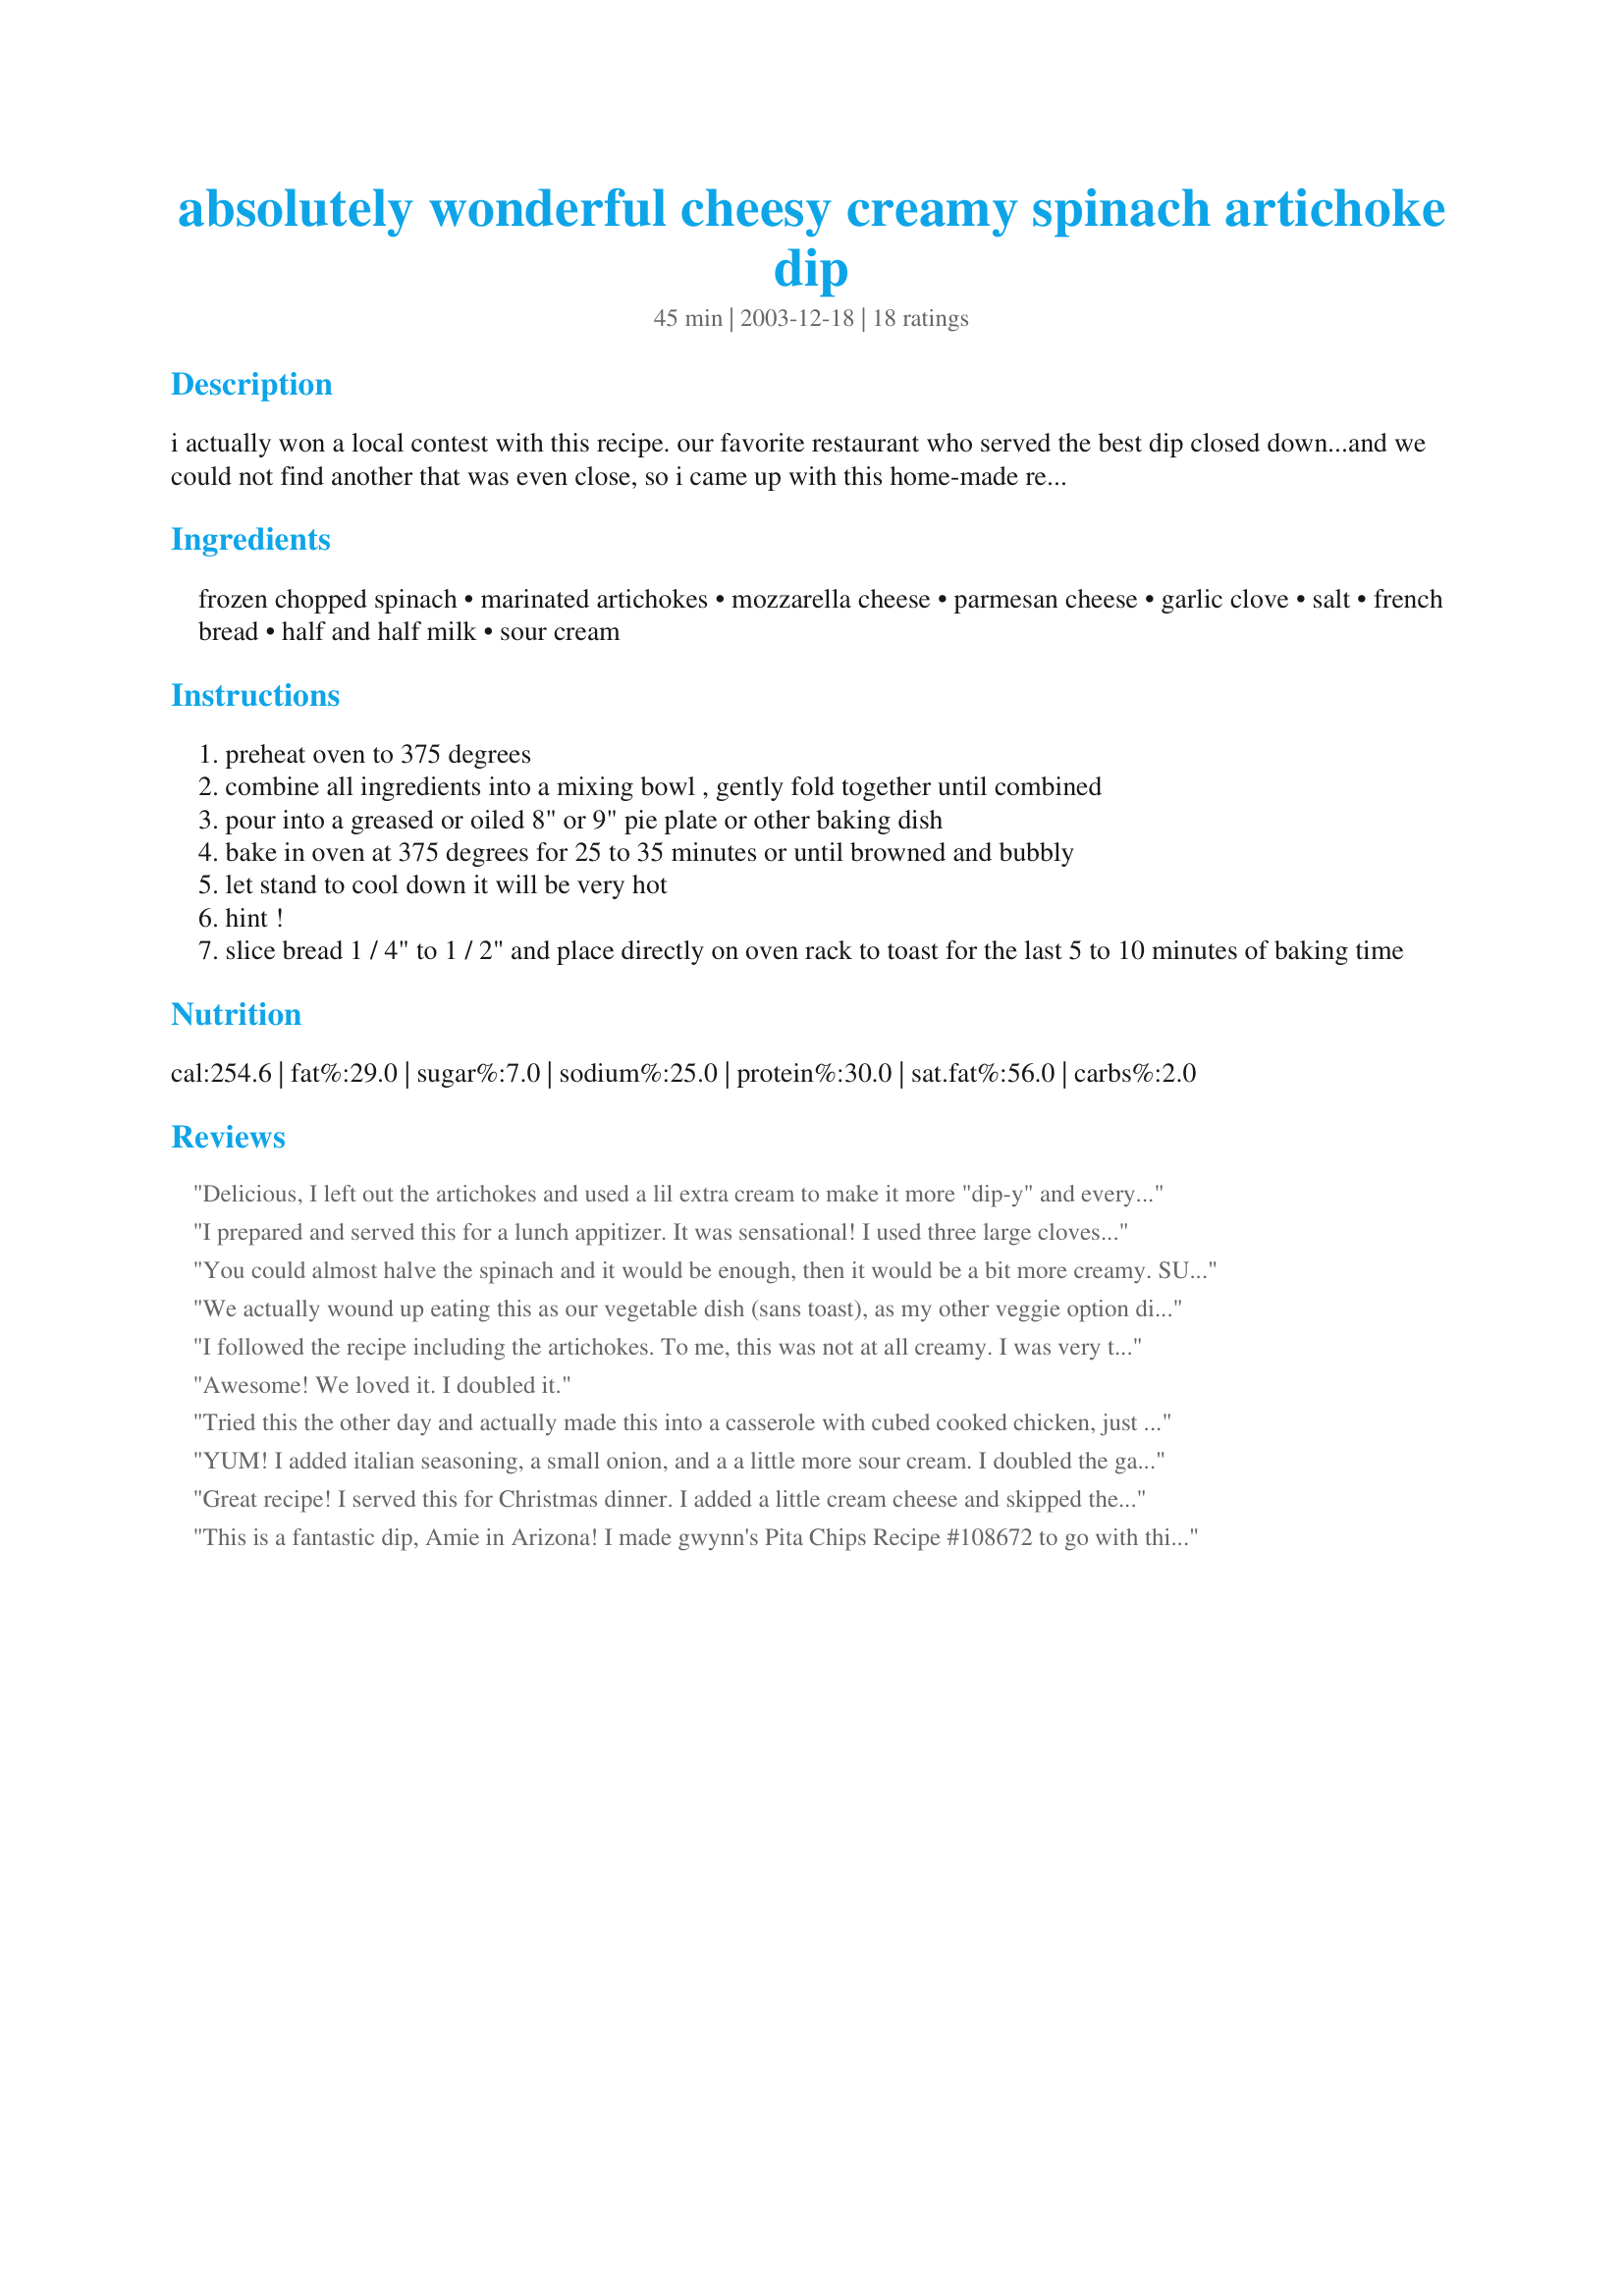
absolutely wonderful cheesy creamy spinach artichoke dip
Preparation time: 45 minutes

i actually won a local contest with this recipe. our favorite restaurant who served the best dip closed down...and we could not find another that was even close, so i came up with this home-made replica, which is just as delicious!

Ingredients:
frozen chopped spinach, marinated artichokes, mozzarella cheese, parmesan cheese, garlic clove, salt, french bread, half and half milk, sour cream

Steps:
preheat oven to 375 degrees
combine all ingredients into a mixing bowl , gently fold together until combined
pour into a greased or oiled 8" or 9" pie plate or other baking dish
bake in oven at 375 degrees for 25 to 35 minutes or until browned and bubbly
let stand to cool down it will be very hot
hint !
slice bread 1 / 4" to 1 / 2" and place directly on oven rack to toast for the last 5 to 10 minutes of baking time

Reviews:
Delicious, I left out the artichokes and used a lil extra cream to make it more "dip-y" and everyone raved about it. Definitely a keeper!
I prepared and served this for a lunch appitizer. It was sensational! I used three large cloves of garlic. I wish I had made more, I could have eaten half by myself. Terrific!
You could almost halve the spinach and it would be enough, then it would be a bit more creamy. SUPER flavor! I took 2 artichoke spinach dips and this one was preferred. Does not reheat well.
We actually wound up eating this as our vegetable dish (sans toast), as my other veggie option didn't work out. Good, but didn't wow us.
I followed the recipe including the artichokes. To me, this was not at all creamy. I was very tempted to stir in cream cheese as I feel this is what the recipe is missing.
Awesome! We loved it. I doubled it.
Tried this the other day and actually made this into a casserole with cubed cooked chicken, just doubled the spinach and added a bt of ricotta cheese. A very yummy way to use part of the industrial size bottle of marinated artichokes I got from Sam's Club!
YUM! I added italian seasoning, a small onion, and a a little more sour cream. I doubled the garlic - I can never have enough garlic!! I also topped the dip w/ a mix of parm and mozz before putting it into the oven. Love this recipe!!
Great recipe! I served this for Christmas dinner. I added a little cream cheese and skipped the cream. Otherwise I followed this recipe. Thank you for a great recipe.
This is a fantastic dip, Amie in Arizona! I made gwynn's Pita Chips Recipe #108672 to go with this dip. This is a definite keeper. Thanks for posting!
Thanks, Amie. This was so Tasty! I substituted yogurt cheese for the sour cream, and added a dab of prepared horseradish, but those were the only changes I made. It did come out as more of a "spread" rather than a "dip". We spread it on Trader Joe's Sesame Thins. Three of us finished off the whole thing in about ten minutes!
The title says it all. This IS absolutely-wonderful-cheesy-creamy-spinach-artichoke dip. So easy to prepare and my guests loved it. Thanks Amie in Arizona. This is a keeper.


This made a wonderful late night snack for my DH and I. I served with 9 grain french bread, toasted in oven as directed. Loved it! Thank you Amie! Made for the Christmas Spelling Bee in the Photo forum.
Very good! I used more garlic than it called for but I love garlic!
Will be making this again.
This if so tasty and versatile. And of course you know me I too added large garlic cloves...small won't do. I think anytime spinach and garlic are put together your mouth just says m-m-m and cheese to boot oh my... glitter
Tried this today. Had a great taste, but wasn't as thick as I hoped. Also, I boiled down spinach instead of using the frozen block, then used my hand blender to chop it up a little. Will try using cream cheese instead of heavy cream next time and see how it goes.
Good - used skim milk instead of half and half.
I followed recipe exactly and my DH & I found this to be dry, not creamy. Nice flavor but unable to dip without breaking "dippers." May try again with the addition of cream cheese, sour cream or mayo.
